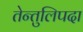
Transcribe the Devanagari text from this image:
तेन्तुलिपदा